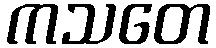
ကသတေ